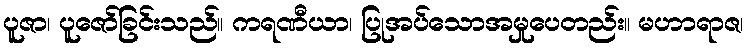
ပူဇာ၊ ပူဇော်ခြင်းသည်။ ကရဏီယာ၊ ပြုအပ်သောအမှုပေတည်း။ မဟာရာဇ၊